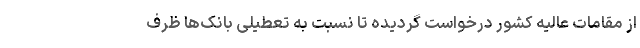
از مقامات عالیه کشور درخواست گردیده تا نسبت به تعطیلی بانک‌ها ظرف